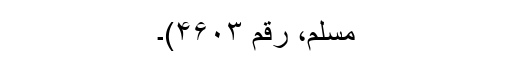
مسلم، رقم ۴۶۰۳)۔